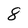
Character: 8